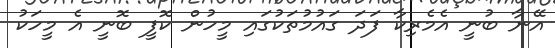
އޭނާ ބުނީ އެމެރިކާ ފަދަ ގައުމުތަކުގައި މީހުން ކޮފީ ބޮނީ އެ މީހަކު